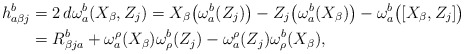
\begin{align*}h_{a\beta j}^{b}&=2\,d\omega_{a}^{b}(X_{\beta}, Z_j)= X_{\beta} \big{(} \omega_{a}^{b}(Z_j) \big{)}- Z_j \big{(} \omega_{a}^{b}(X_{\beta}) \big{)} - \omega_{a}^{b}\big{(} [X_{\beta}, Z_j] \big{)}\\&=R_{\beta j a}^b+ \omega_{a}^{\rho}(X_{\beta}) \omega^{b}_{\rho}(Z_j)-\omega_{a}^{\rho}(Z_j)\omega^{b}_{\rho}(X_{\beta}), \end{align*}